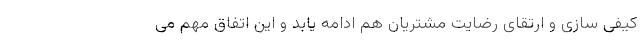
کیفی سازی و ارتقای رضایت مشتریان هم ادامه یابد و این اتفاق مهم می